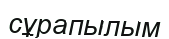
сұрапылым